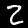
Label: 2